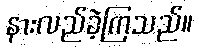
နားလည်ခဲ့ကြသည်။